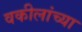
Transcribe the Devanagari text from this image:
वकीलांच्या